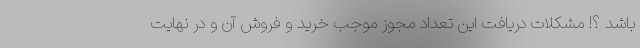
باشد ؟! مشکلات دریافت این تعداد مجوز موجب خرید و فروش آن و در نهایت